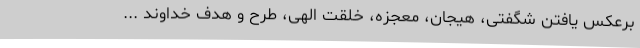
برعکس یافتن شگفتی، هیجان، معجزه، خلقت الهی، طرح و هدف خداوند ...